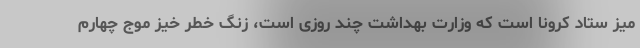
میز ستاد کرونا است که وزارت بهداشت چند روزی است، زنگ خطر خیز موج چهارم